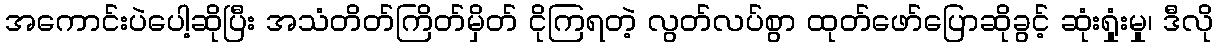
အကောင်းပဲပေါ့ဆိုပြီး အသံတိတ်ကြိတ်မှိတ် ငိုကြရတဲ့ လွတ်လပ်စွာ ထုတ်ဖော်ပြောဆိုခွင့် ဆုံးရှုံးမှု၊ ဒီလို